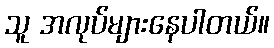
သူ အလုပ်များနေပါတယ်။